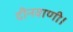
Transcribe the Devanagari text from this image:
दीनवाणी।